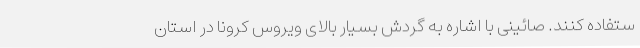
ستفاده کنند. صائینی با اشاره به گردش بسیار بالای ویروس کرونا در استان